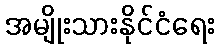
အမျိုးသားနိုင်ငံရေး